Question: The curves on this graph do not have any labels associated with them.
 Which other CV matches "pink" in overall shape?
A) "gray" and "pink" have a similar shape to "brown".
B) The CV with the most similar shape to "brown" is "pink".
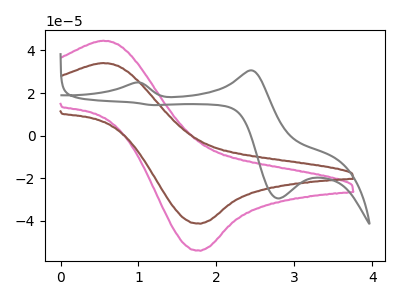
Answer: <think>The pink curve "pink" has an anodic peak at (0.55V, 44.60uA) and a cathodic peak at (1.80V, -54.05uA). The brown curve "brown" has an anodic peak at (0.55V, 34.10uA) and a cathodic peak at (1.80V, -41.30uA). The gray curve "gray" has anodic peaks at (0.95V, 24.90uA) (2.45V, 30.65uA) and cathodic peaks at (2.80V, -29.45uA) (1.20V, 14.35uA).
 All the peaks in "pink" have a peak in "brown" at the same potential. Every peak in "pink" is higher than every peak in "brown". "pink" and "gray" have a different number of peaks. "brown" and "gray" have a different number of peaks.</think>
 <answer>B) The CV with the most similar shape to "brown" is "pink".</answer>
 <eval>B</eval>